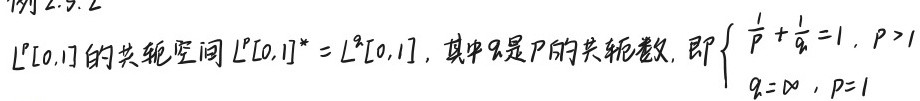
$L^p[0,1]$ 的共轭空间 $L^p[0,1]^* = L^q[0,1]$, 其中 $q$ 是 $p$ 的共轭数, 即 $\begin{cases} \frac{1}{p} + \frac{1}{q} = 1, & p > 1 \\ q = \infty, & p = 1 \end{cases}$